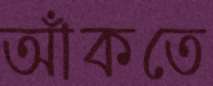
আঁকতে